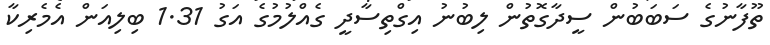
ތޫފާނުގެ ސަބަބުން ސީދާގޮތުން ލިބުނު އިގްތިސާދީ ގެއްލުމުގެ އަގު 1.31 ބިލިއަން އެމެރިކާ